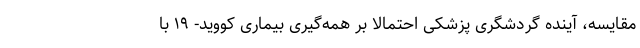
مقایسه، آینده گردشگری پزشکی احتمالا بر همه‌گیری بیماری کووید- ۱۹ با